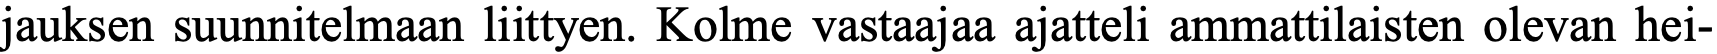
jauksen suunnitelmaan liittyen. Kolme vastaajaa ajatteli ammattilaisten olevan hei-